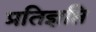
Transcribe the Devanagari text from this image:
प्रतिज्ञप्ति